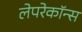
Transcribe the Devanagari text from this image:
लेपरेकॉन्स